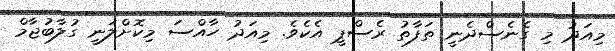
މިއަދު މި ގެނެސްދެނީ ތަފާތު ރެސްޕީ އެކެވެ. މިއަދު ހާއްސަ މިކޮށްލަނީ ގުލާބުޖާމް